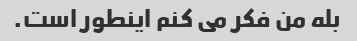
بله من فکر می کنم اینطور است.